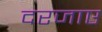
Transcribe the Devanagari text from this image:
दरजाए